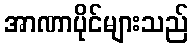
အာဏာပိုင်များသည်